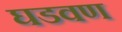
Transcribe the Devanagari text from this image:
घडवण